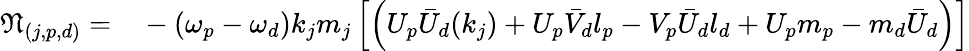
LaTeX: \begin{array}{rl}{\mathfrak{N}_{(j,p,d)}=}&{{}-{(\omega_{p}-\omega_{d})k_{j}m_{j}}\left[\left(U_{p}\bar{U}_{d}(k_{j})+U_{p}\bar{V}_{d}l_{p}-V_{p}\bar{U}_{d}l_{d}+U_{p}m_{p}-m_{d}\bar{U}_{d}\right)\right]}\end{array}